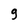
Character: g